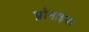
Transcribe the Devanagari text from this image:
प्रोनाइया